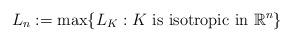
LaTeX: \begin{align*}L_n:= \max\{ L_K:K\ \hbox{is isotropic in}\ {\mathbb R}^n\}\end{align*}